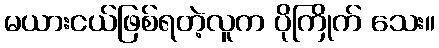
မယားငယ်ဖြစ်ရတဲ့လူက ပိုကြိုက် သေး။